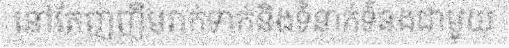
នៅតែញញឹមរាក់ទាក់និងទំនាក់ទំនងជាមួយ